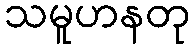
သမူဟနတု